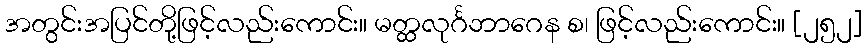
အတွင်းအပြင်တို့ဖြင့်လည်းကောင်း။ မတ္ထလုင်္ဂဘာဂေန စ၊ ဖြင့်လည်းကောင်း။ [၂၅၂]